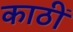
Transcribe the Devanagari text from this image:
काठीं